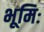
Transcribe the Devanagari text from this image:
भूमिः